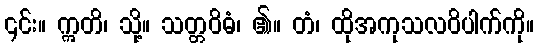
၎င်း။ ဣတိ၊ သို့။ သတ္တဝိဓံ၊ ၏။ တံ၊ ထိုအကုသလဝိပါက်ကို။